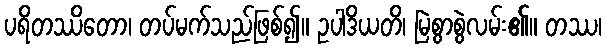
ပရိတဿိတော၊ တပ်မက်သည်ဖြစ်၍။ ဥပါဒိယတိ၊ မြဲစွာစွဲလမ်း၏။ တဿ၊